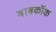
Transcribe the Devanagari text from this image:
बाबकॉक